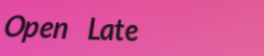
Open Late